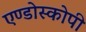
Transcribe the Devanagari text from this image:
एण्डोस्कोपी